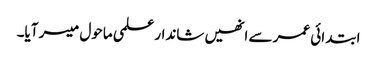
ابتدائی عمر سے انھیں شاندار علمی ماحول میسر آیا۔